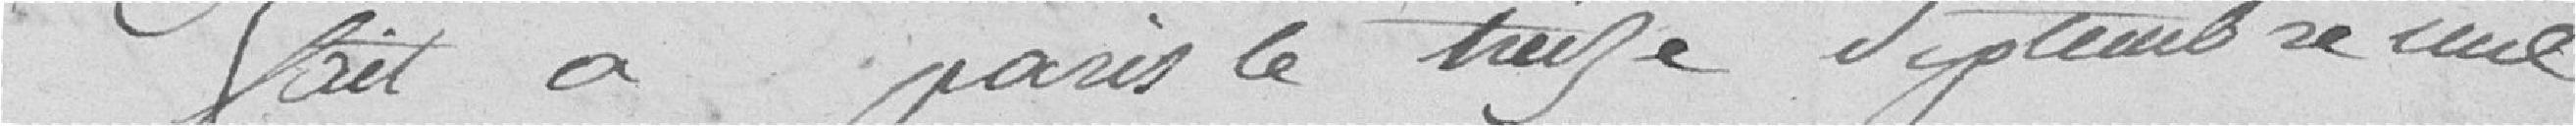
Fait à Paris le treize septembre mil